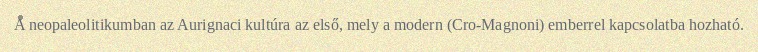
A neopaleolitikumban az Aurignaci kultúra az első, mely a modern (Cro-Magnoni) emberrel kapcsolatba hozható.